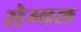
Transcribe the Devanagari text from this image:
सेम्मल